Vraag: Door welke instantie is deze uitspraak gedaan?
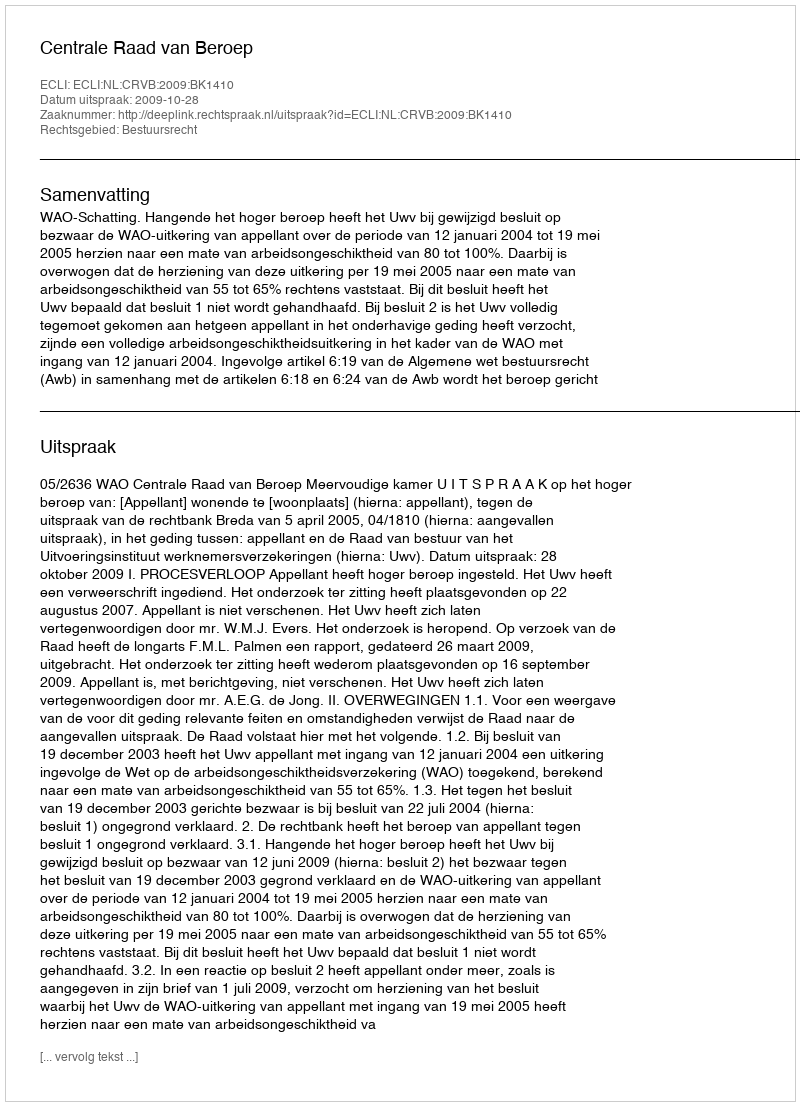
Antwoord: Centrale Raad van Beroep